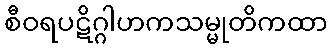
စီဝရပဋိဂ္ဂါဟကသမ္မုတိကထာ